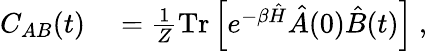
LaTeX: \begin{array}{rl}{C_{AB}(t)}&{{}=\frac{1}{Z}\mathrm{Tr}\left[e^{-\beta\hat{H}}\hat{A}(0)\hat{B}(t)\right]\mathrm{~,~}}\end{array}